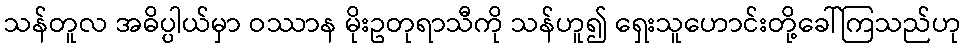
သန်တူလ အဓိပ္ပါယ်မှာ ဝဿာန မိုးဥတုရာသီကို သန်ဟူ၍ ရှေးသူဟောင်းတို့ခေါ်ကြသည်ဟု